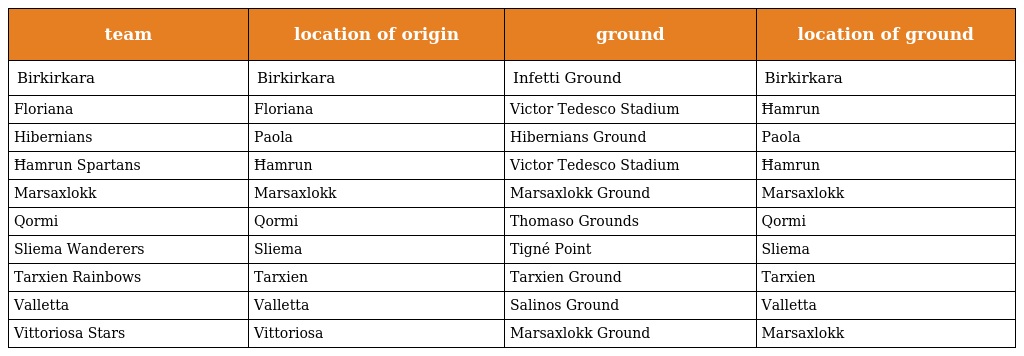
| team | location of origin | ground | location of ground |
 | --- | --- | --- | --- |
 | Birkirkara | Birkirkara | Infetti Ground | Birkirkara |
 | Floriana | Floriana | Victor Tedesco Stadium | Ħamrun |
 | Hibernians | Paola | Hibernians Ground | Paola |
 | Ħamrun Spartans | Ħamrun | Victor Tedesco Stadium | Ħamrun |
 | Marsaxlokk | Marsaxlokk | Marsaxlokk Ground | Marsaxlokk |
 | Qormi | Qormi | Thomaso Grounds | Qormi |
 | Sliema Wanderers | Sliema | Tigné Point | Sliema |
 | Tarxien Rainbows | Tarxien | Tarxien Ground | Tarxien |
 | Valletta | Valletta | Salinos Ground | Valletta |
 | Vittoriosa Stars | Vittoriosa | Marsaxlokk Ground | Marsaxlokk |